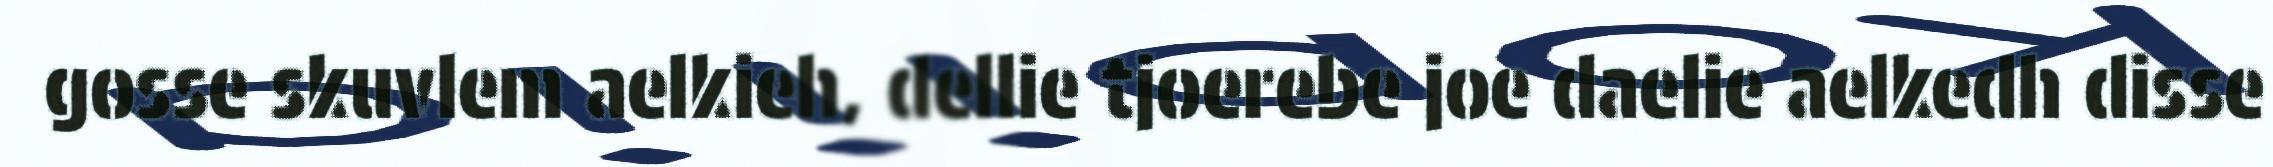
gosse skuvlem aelkieh, dellie tjoerebe joe daelie aelkedh disse